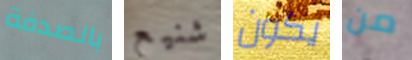
بالصدفة شنيع يكون من